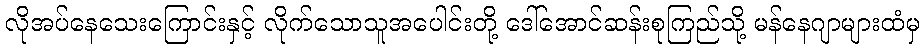
လိုအပ်နေသေးကြောင်းနှင့် လိုက်သောသူအပေါင်းတို့ ဒေါ်အောင်ဆန်းစုကြည်သို့ မန်နေဂျာများထံမှ